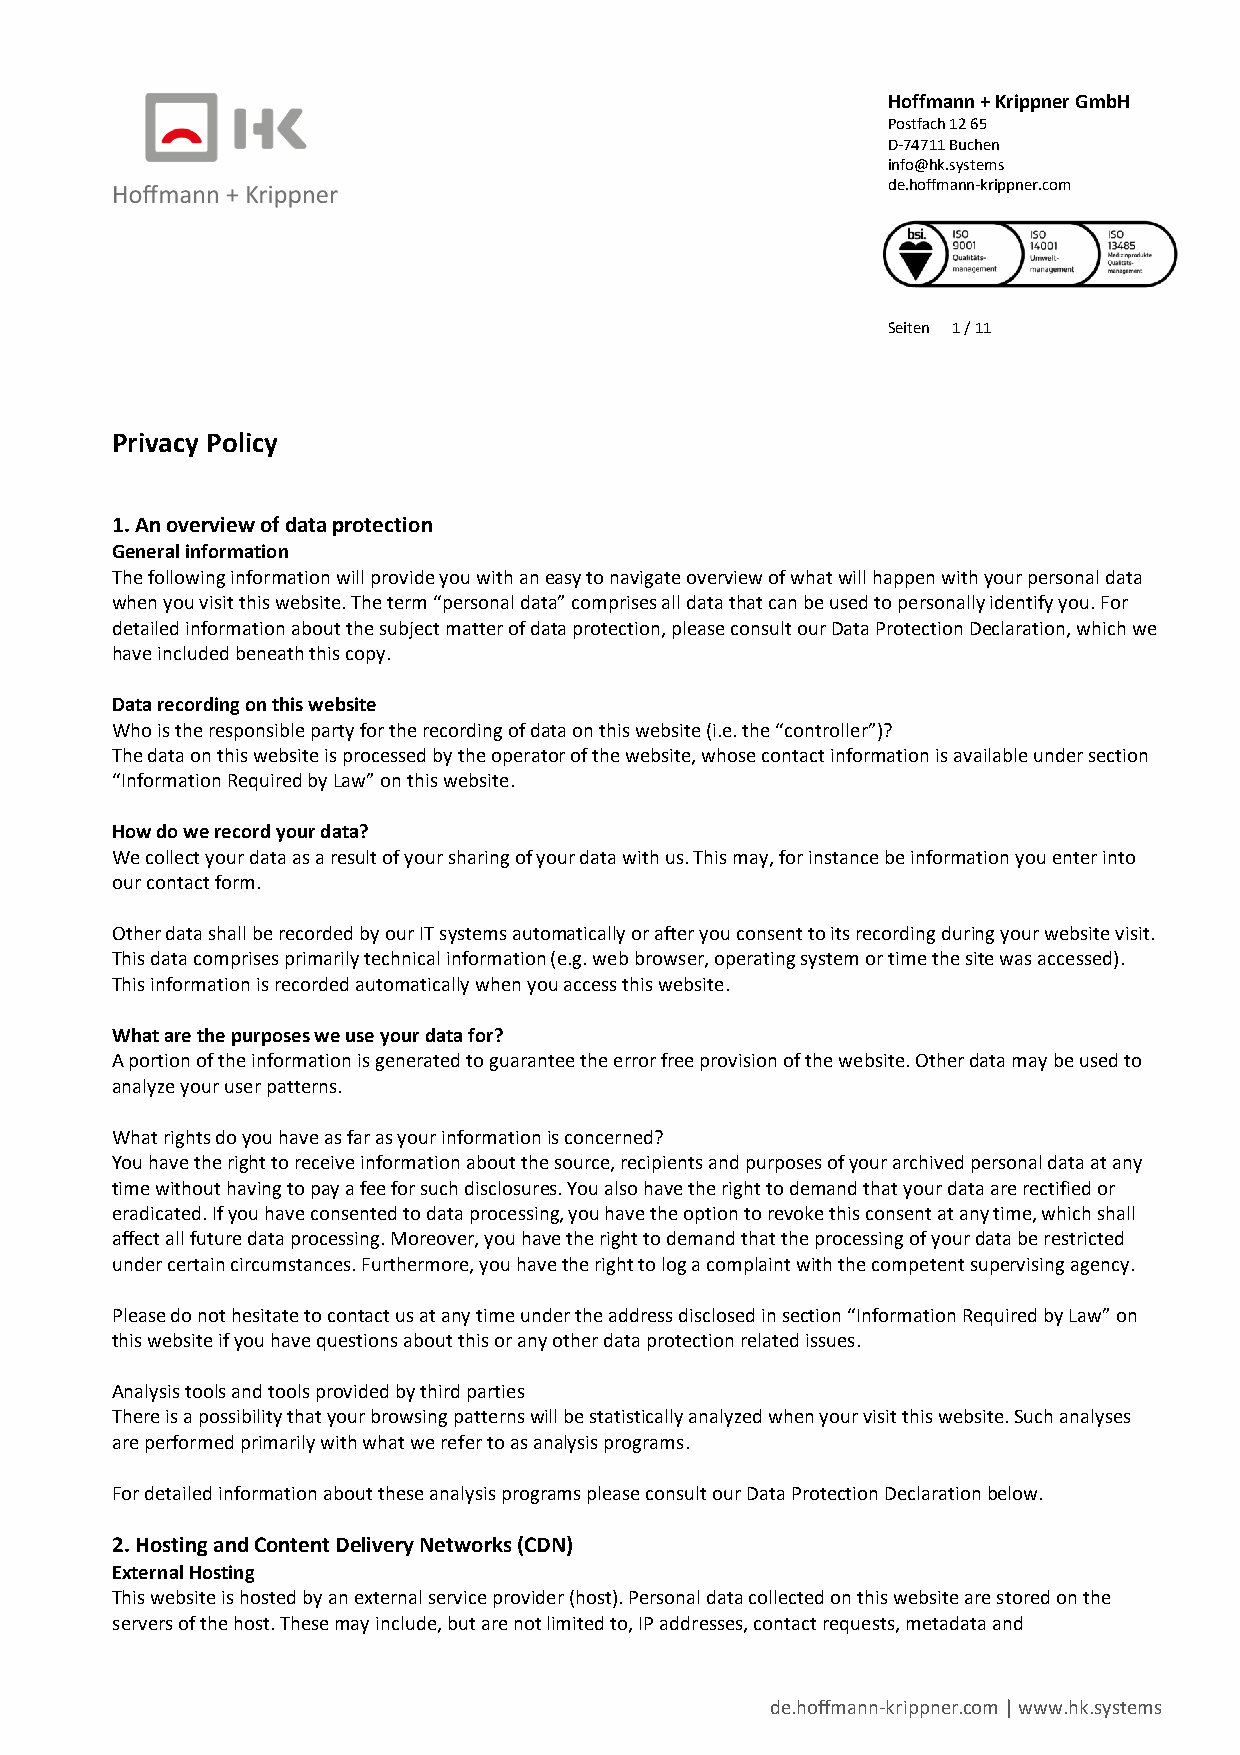
Hoffmann + Krippner GmbH
 Postfach 12 65
 D-74711 Buchen
 info@hk.systems
 de.hoffmann-krippner.com
 Seiten 1 / 11
 Privacy Policy
 1. An overview of data protection
 General information
 The following information will provide you with an easy to navigate overview of what will happen with your personal data
 when you visit this website. The term “personal data” comprises all data that can be used to personally identify you. For
 detailed information about the subject matter of data protection, please consult our Data Protection Declaration, which we
 have included beneath this copy.
 Data recording on this website
 Who is the responsible party for the recording of data on this website (i.e. the “controller”)?
 The data on this website is processed by the operator of the website, whose contact information is available under section
 “Information Required by Law” on this website.
 How do we record your data?
 We collect your data as a result of your sharing of your data with us. This may, for instance be information you enter into
 our contact form.
 Other data shall be recorded by our IT systems automatically or after you consent to its recording during your website visit.
 This data comprises primarily technical information (e.g. web browser, operating system or time the site was accessed).
 This information is recorded automatically when you access this website.
 What are the purposes we use your data for?
 A portion of the information is generated to guarantee the error free provision of the website. Other data may be used to
 analyze your user patterns.
 What rights do you have as far as your information is concerned?
 You have the right to receive information about the source, recipients and purposes of your archived personal data at any
 time without having to pay a fee for such disclosures. You also have the right to demand that your data are rectified or
 eradicated. If you have consented to data processing, you have the option to revoke this consent at any time, which shall
 affect all future data processing. Moreover, you have the right to demand that the processing of your data be restricted
 under certain circumstances. Furthermore, you have the right to log a complaint with the competent supervising agency.
 Please do not hesitate to contact us at any time under the address disclosed in section “Information Required by Law” on
 this website if you have questions about this or any other data protection related issues.
 Analysis tools and tools provided by third parties
 There is a possibility that your browsing patterns will be statistically analyzed when your visit this website. Such analyses
 are performed primarily with what we refer to as analysis programs.
 For detailed information about these analysis programs please consult our Data Protection Declaration below.
 2. Hosting and Content Delivery Networks (CDN)
 External Hosting
 This website is hosted by an external service provider (host). Personal data collected on this website are stored on the
 servers of the host. These may include, but are not limited to, IP addresses, contact requests, metadata and
 de.hoffmann-krippner.com | www.hk.systems